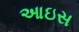
આઇસ